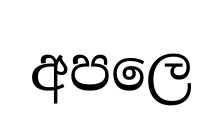
අපලෙ